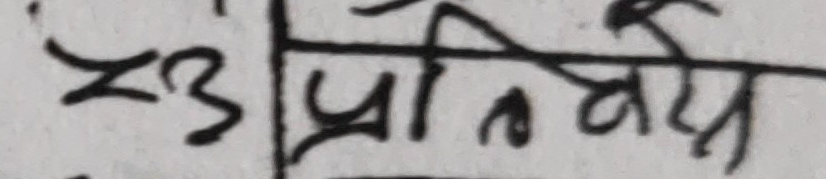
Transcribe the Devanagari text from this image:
२३ प्रतिवर्ष